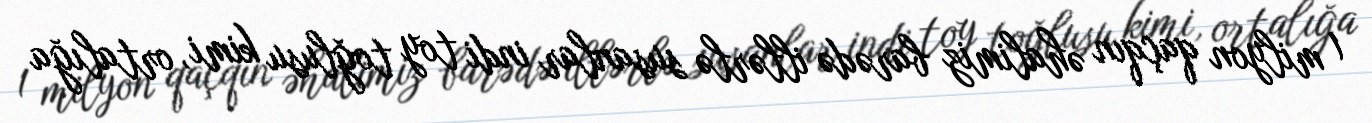
1 milyon qaçqın əhalimiz barədə illərlə susanlar indi toy toğlusu kimi, ortalığa